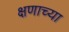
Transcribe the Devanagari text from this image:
क्षणाच्या